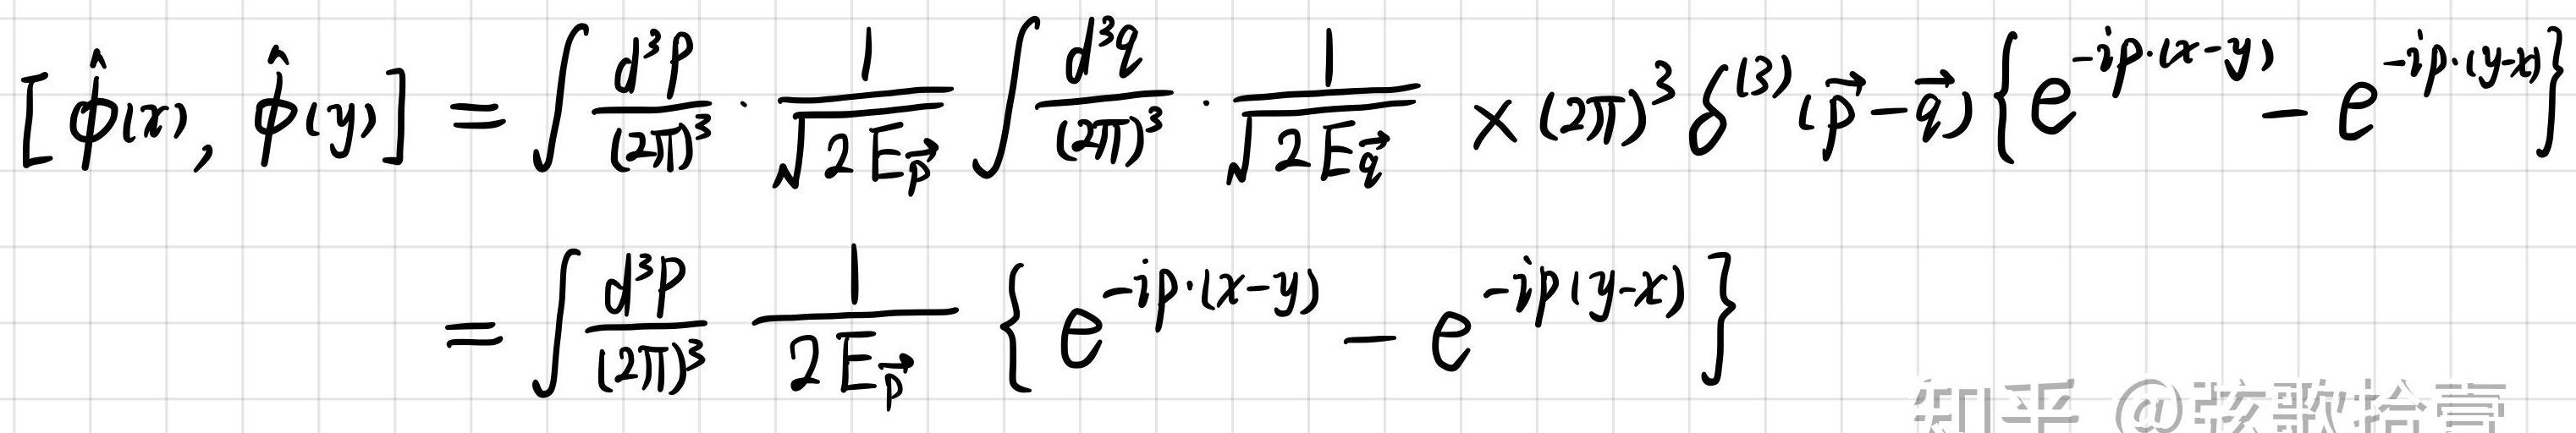
\[ [\hat{\phi}(x), \hat{\phi}(y)] = \int \frac{d^{3}p}{(2\pi)^{3}} \cdot \frac{1}{\sqrt{2 E_{\vec{p}}}} \int \frac{d^{3}q}{(2\pi)^{3}} \cdot \frac{1}{\sqrt{2 E_{\vec{q}}}} \times (2\pi)^{3} \delta^{(3)}(\vec{p}-\vec{q}) \left\{ e^{-i p \cdot (x - y)} - e^{-i p \cdot (y - x)} \right\} = \int \frac{d^{3}p}{(2\pi)^{3}} \frac{1}{2 E_{\vec{p}}} \left\{ e^{-i p \cdot (x - y)} - e^{-i p (y - x)} \right\} \]